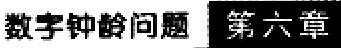
数字钟龄问题 第六章